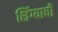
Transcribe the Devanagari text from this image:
शिंग्याची